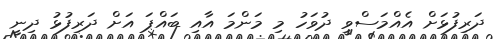
ދަރިފުޅަށް އެއްމަސްވީ ދުވަހު މި މަންމަ އާއި ބައްޕަ އަށް ދަރިފުޅު ދިނީ